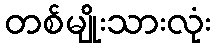
တစ်မျိုးသားလုံး